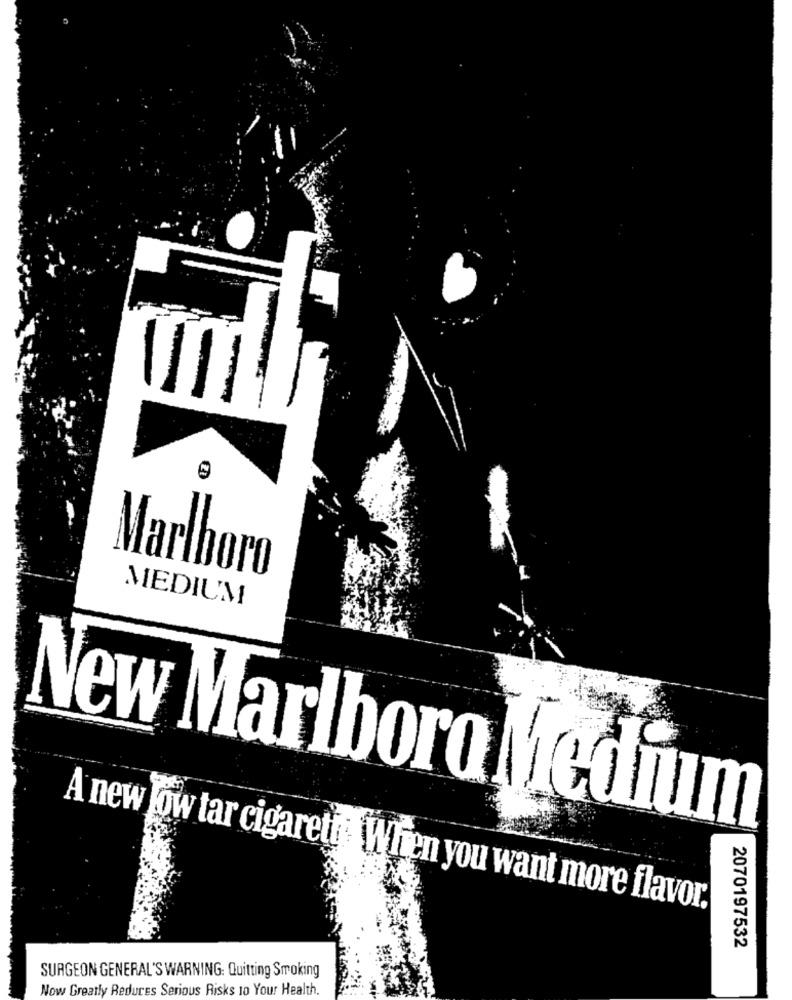
Marlboro
MEDIUM
New Marlboro Medium
A new low tar cigarett: When you want more flavor.
2070197532
SURGEON GENERAL'S WARNING: Quitting Smoking
Now Greatly Redures Serious Risks 10 Your Health.